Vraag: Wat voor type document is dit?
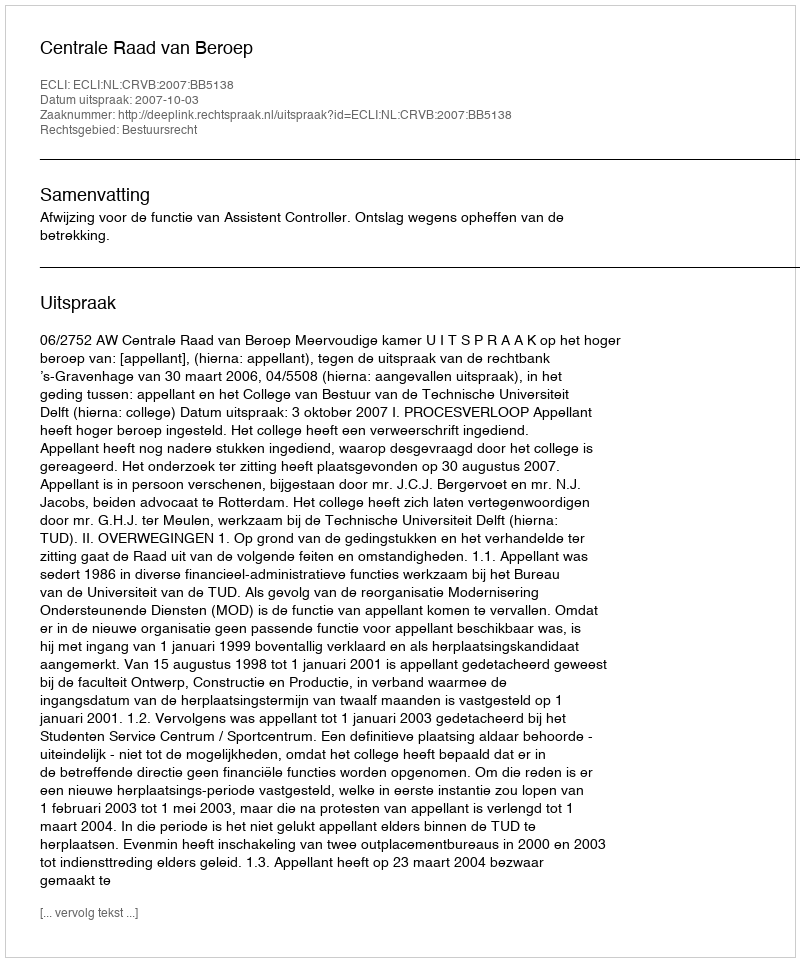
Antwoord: Uitspraak